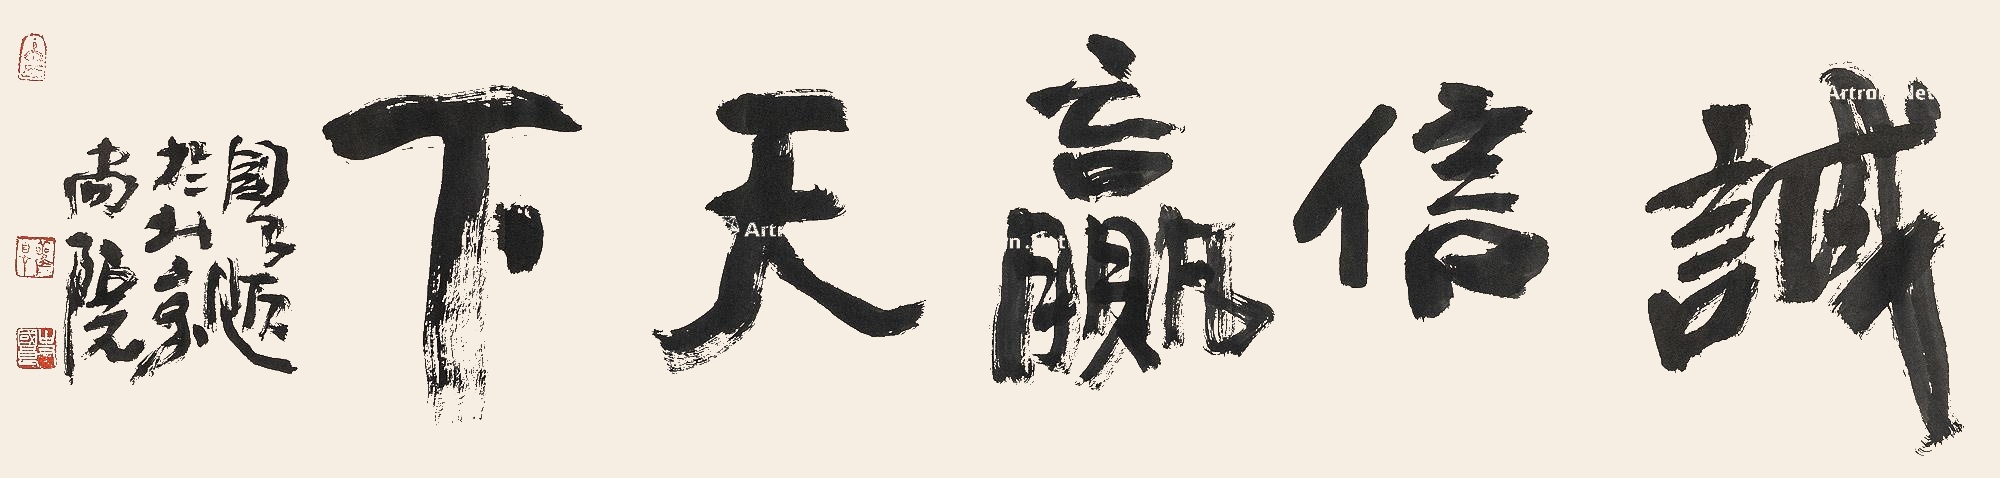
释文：诚信赢天下国良题于北京尚院。